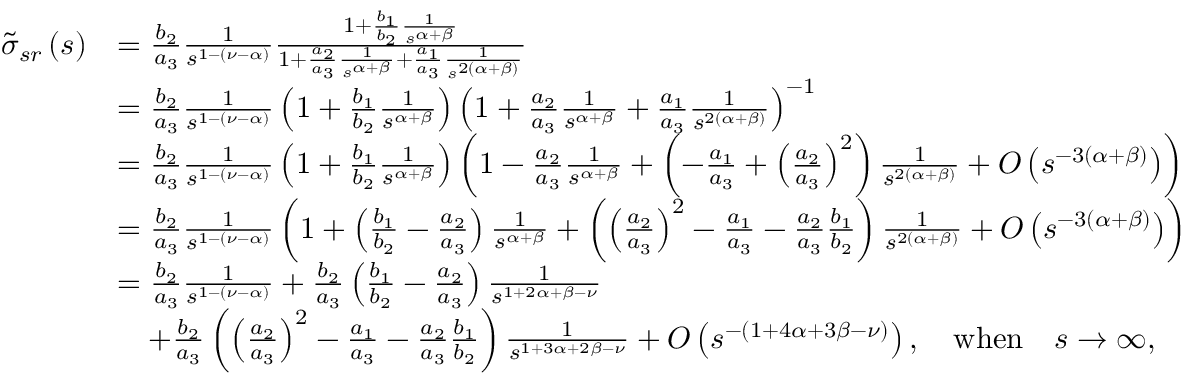
\begin{array} { r l } { \tilde { \sigma } _ { s r } \left( s \right) } & { = \frac { b _ { 2 } } { a _ { 3 } } \frac { 1 } { s ^ { 1 - \left( \nu - \alpha \right) } } \frac { 1 + \frac { b _ { 1 } } { b _ { 2 } } \frac { 1 } { s ^ { \alpha + \beta } } } { 1 + \frac { a _ { 2 } } { a _ { 3 } } \frac { 1 } { s ^ { \alpha + \beta } } + \frac { a _ { 1 } } { a _ { 3 } } \frac { 1 } { s ^ { 2 \left( \alpha + \beta \right) } } } } \\ & { = \frac { b _ { 2 } } { a _ { 3 } } \frac { 1 } { s ^ { 1 - \left( \nu - \alpha \right) } } \left( 1 + \frac { b _ { 1 } } { b _ { 2 } } \frac { 1 } { s ^ { \alpha + \beta } } \right) \left( 1 + \frac { a _ { 2 } } { a _ { 3 } } \frac { 1 } { s ^ { \alpha + \beta } } + \frac { a _ { 1 } } { a _ { 3 } } \frac { 1 } { s ^ { 2 \left( \alpha + \beta \right) } } \right) ^ { - 1 } } \\ & { = \frac { b _ { 2 } } { a _ { 3 } } \frac { 1 } { s ^ { 1 - \left( \nu - \alpha \right) } } \left( 1 + \frac { b _ { 1 } } { b _ { 2 } } \frac { 1 } { s ^ { \alpha + \beta } } \right) \left( 1 - \frac { a _ { 2 } } { a _ { 3 } } \frac { 1 } { s ^ { \alpha + \beta } } + \left( - \frac { a _ { 1 } } { a _ { 3 } } + \left( \frac { a _ { 2 } } { a _ { 3 } } \right) ^ { 2 } \right) \frac { 1 } { s ^ { 2 \left( \alpha + \beta \right) } } + O \left( s ^ { - 3 \left( \alpha + \beta \right) } \right) \right) } \\ & { = \frac { b _ { 2 } } { a _ { 3 } } \frac { 1 } { s ^ { 1 - \left( \nu - \alpha \right) } } \left( 1 + \left( \frac { b _ { 1 } } { b _ { 2 } } - \frac { a _ { 2 } } { a _ { 3 } } \right) \frac { 1 } { s ^ { \alpha + \beta } } + \left( \left( \frac { a _ { 2 } } { a _ { 3 } } \right) ^ { 2 } - \frac { a _ { 1 } } { a _ { 3 } } - \frac { a _ { 2 } } { a _ { 3 } } \frac { b _ { 1 } } { b _ { 2 } } \right) \frac { 1 } { s ^ { 2 \left( \alpha + \beta \right) } } + O \left( s ^ { - 3 \left( \alpha + \beta \right) } \right) \right) } \\ & { = \frac { b _ { 2 } } { a _ { 3 } } \frac { 1 } { s ^ { 1 - \left( \nu - \alpha \right) } } + \frac { b _ { 2 } } { a _ { 3 } } \left( \frac { b _ { 1 } } { b _ { 2 } } - \frac { a _ { 2 } } { a _ { 3 } } \right) \frac { 1 } { s ^ { 1 + 2 \alpha + \beta - \nu } } } \\ & { \quad + \frac { b _ { 2 } } { a _ { 3 } } \left( \left( \frac { a _ { 2 } } { a _ { 3 } } \right) ^ { 2 } - \frac { a _ { 1 } } { a _ { 3 } } - \frac { a _ { 2 } } { a _ { 3 } } \frac { b _ { 1 } } { b _ { 2 } } \right) \frac { 1 } { s ^ { 1 + 3 \alpha + 2 \beta - \nu } } + O \left( s ^ { - \left( 1 + 4 \alpha + 3 \beta - \nu \right) } \right) , \quad \mathrm { w h e n } \quad s \rightarrow \infty \mathrm { , } } \end{array}